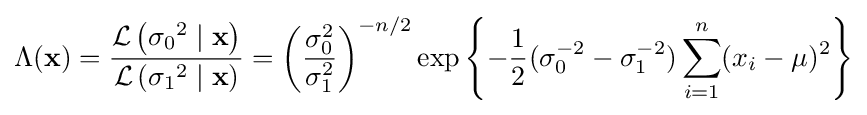
\Lambda (\mathbf {x} )={\frac {{\mathcal {L}}\left({\sigma _{0}}^{2}\mid \mathbf {x} \right)}{{\mathcal {L}}\left({\sigma _{1}}^{2}\mid \mathbf {x} \right)}}=\left({\frac {\sigma _{0}^{2}}{\sigma _{1}^{2}}}\right)^{-n/2}\exp \left\{-{\frac {1}{2}}(\sigma _{0}^{-2}-\sigma _{1}^{-2})\sum _{i=1}^{n}(x_{i}-\mu )^{2}\right\}